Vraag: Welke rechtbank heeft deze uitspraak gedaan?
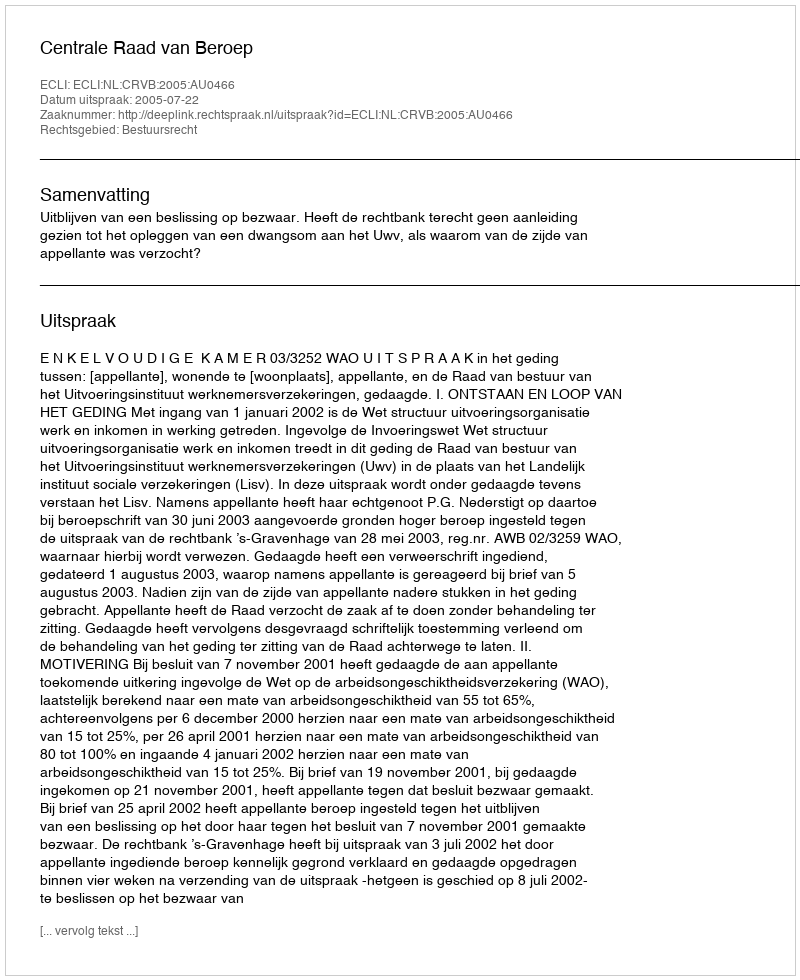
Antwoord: Centrale Raad van Beroep